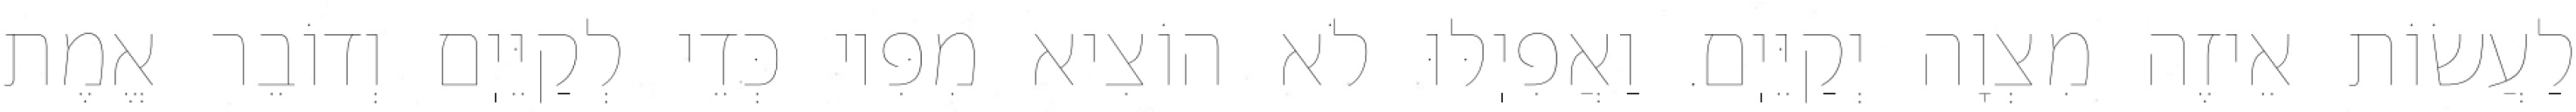
לַעֲשׂוֹת אֵיזֶה מִצְוָה יְקַיֵּיֽם. וַאֲפִיֽלּוּ לֹא הוֹצִיא מִפִּיו כְּדֵי לְקַיֵּיֽם וְדוֹבֵר אֱמֶת